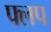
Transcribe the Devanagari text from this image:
फ्लप